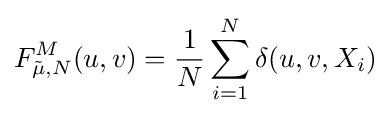
F_{{\tilde {\mu }},N}^{M}(u,v)={\frac {1}{N}}\sum _{i=1}^{N}\delta (u,v,X_{i})